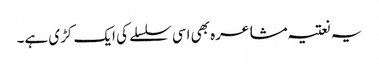
یہ نعتیہ مشاعرہ بھی اسی سلسلے کی ایک کڑی ہے۔